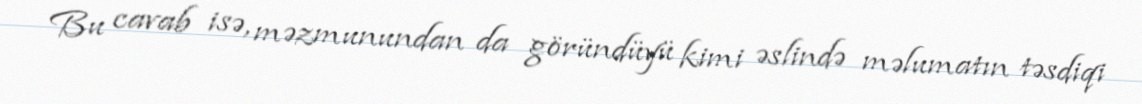
Bu cavab isə, məzmunundan da göründüyü kimi əslində məlumatın təsdiqi